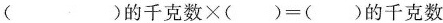
$$( ) 的 千 克 数 \times ( ) = ( ) 的 千 克 数$$